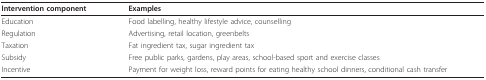
<table><thead><tr><td><b>Intervention component</b></td><td><b>Examples</b></td></tr></thead><tbody><tr><td>Education</td><td>Food labelling, healthy lifestyle advice, counselling</td></tr><tr><td>Regulation</td><td>Advertising, retail location, greenbelts</td></tr><tr><td>Taxation</td><td>Fat ingredient tax, sugar ingredient tax</td></tr><tr><td>Subsidy</td><td>Free public parks, gardens, play areas, school-based sport and exercise classes</td></tr><tr><td>Incentive</td><td>Payment for weight loss, reward points for eating healthy school dinners, conditional cash transfer</td></tr></tbody></table>